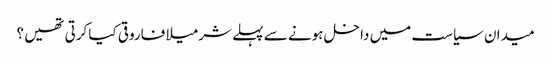
میدان سیاست میں داخل ہونے سے پہلے شرمیلا فاروقی کیا کرتی تھیں ؟